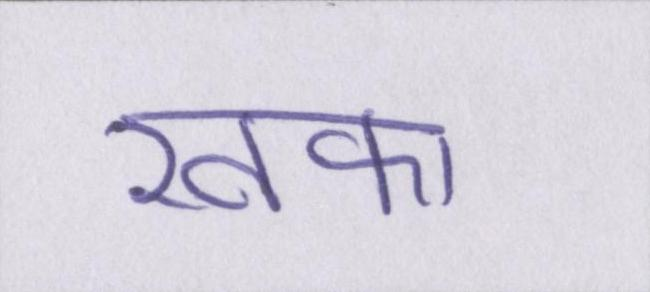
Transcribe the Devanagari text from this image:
खफा